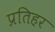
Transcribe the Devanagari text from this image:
प्रतिहर